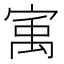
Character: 㝢